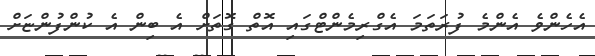
އެހެންވެ އެންމެ ފުރަތަމަ އެގްރިމެންޓްގައި އޮތް ގޮތަށް އެ ބިން އެ ކުންފުންޏަށް